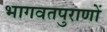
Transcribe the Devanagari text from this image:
भागवतपुराणों